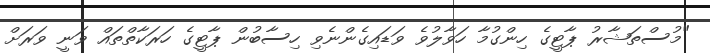
"މުސްތަޝާރު ޕާޓީގެ ހިންގުމާ ހަވާލުވެ ވަޑައިގެންނެވި ހިސާބުން ޕާޓީގެ ހަރަކާތްތައް ވަނީ ވަރަށް